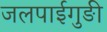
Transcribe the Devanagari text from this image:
जलपाईगुङी